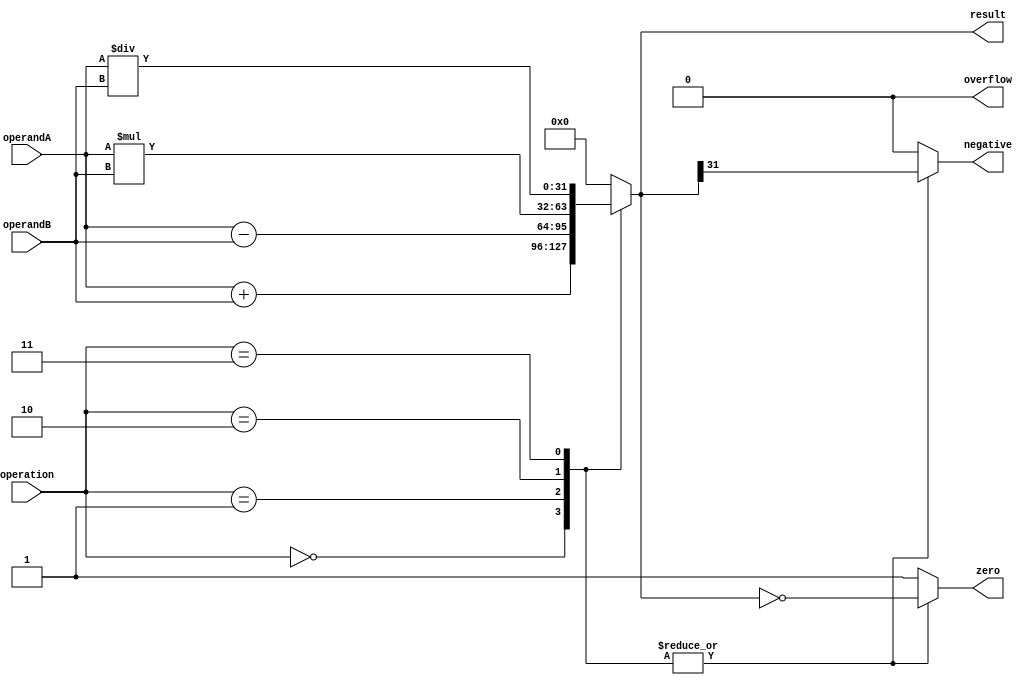
module ALU (
    input [31:0] operandA,
    input [31:0] operandB,
    input [3:0] operation,
    output reg [31:0] result,
    output reg zero,
    output reg negative,
    output reg overflow
);

always @ (operandA, operandB, operation)
begin
    case(operation)
        4'b0000: begin // Addition
            result <= operandA + operandB;
            zero <= (result == 0);
            negative <= (result[31] == 1);
            overflow <= 0;
        end
        4'b0001: begin // Subtraction
            result <= operandA - operandB;
            zero <= (result == 0);
            negative <= (result[31] == 1);
            overflow <= 0;
        end
        4'b0010: begin // Multiplication
            result <= operandA * operandB;
            zero <= (result == 0);
            negative <= (result[31] == 1);
            overflow <= 0;
        end
        4'b0011: begin // Division
            result <= operandA / operandB;
            zero <= (result == 0);
            negative <= (result[31] == 1);
            overflow <= 0;
        end
        default: begin
            result <= 0;
            zero <= 1;
            negative <= 0;
            overflow <= 0;
        end
    endcase
end

endmodule